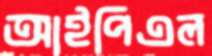
আইপিএল